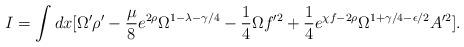
LaTeX: \begin{align*}I = \int dx [ \Omega^{\prime} \rho^{\prime} - \frac{\mu}{8}e^{2 \rho}\Omega^{1-\lambda -\gamma/4}-\frac{1}{4} \Omega f^{\prime 2} +\frac{1}{4} e^{\chi f-2 \rho} \Omega^{1+\gamma/4 -\epsilon/2} A^{\prime 2} ] .\end{align*}